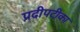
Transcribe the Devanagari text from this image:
प्रदीपटीका